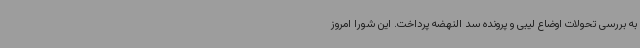
به بررسی تحولات اوضاع لیبی و پرونده سد النهضه پرداخت. این شورا امروز